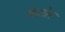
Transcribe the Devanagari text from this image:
बेज़ोर